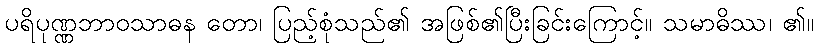
ပရိပုဏ္ဏဘာဝသာဓန တော၊ ပြည့်စုံသည်၏ အဖြစ်၏ပြီးခြင်းကြောင့်။ သမာဓိဿ၊ ၏။